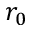
r _ { 0 }